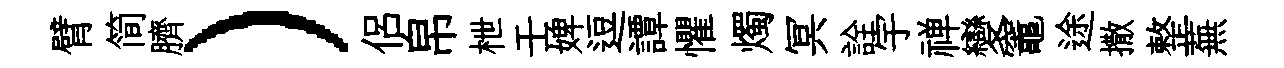
臂简臍）侶帛枻壬婢逗譚懼燭冥詮宇禅變竈途撒整蕪